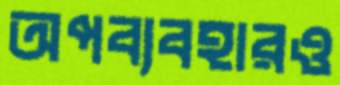
অপব্যবহারও